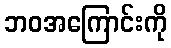
ဘဝအကြောင်းကို